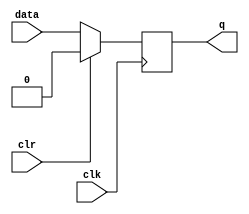
module clock_delay(clk, data, clr, q);

// Parameter for width and delay generalization
parameter width=1;
parameter cycles=1;

// Assigning ports as in/out
input clk, clr;
input [width-1 : 0] data;
output [width-1 : 0] q;

// Instantiate the register train
reg [width-1 : 0] D[0 : cycles-1];

// Initialize this train to 0
generate
	genvar i;
	for (i=0; i < cycles; i=i+1)
	begin : gen1
		initial
			D[i] = {width{1'b0}};
	end
endgenerate

// Connect outputs
assign q = D[cycles-1][width-1 : 0];

// The Shifting part:
generate
	for (i=cycles-1; i>0; i=i-1)
	begin : gen2
		always @(posedge clk)
		begin
			D[i] = D[i-1];
			
			// Handling Sync Clear
			if (clr)
				D[i] = {width{1'b0}};
		end
	end
endgenerate

always @(posedge clk)
begin
	D[0] = data;
	
	// Handling Clear
	if (clr)
		D[0] = {width{1'b0}};
end
endmodule